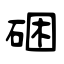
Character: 硱